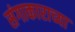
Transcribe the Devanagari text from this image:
संगाकाराच्या